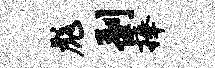
彪剥捧